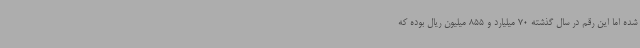
شده اما این رقم در سال گذشته 70 میلیارد و 855 میلیون ریال بوده که